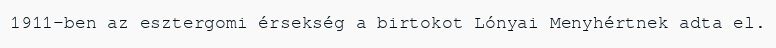
1911-ben az esztergomi érsekség a birtokot Lónyai Menyhértnek adta el.